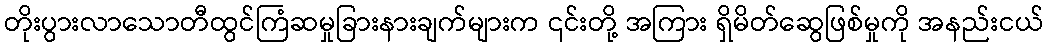
တိုးပွားလာသောတီထွင်ကြံဆမှုခြားနားချက်များက ၎င်းတို့ အကြား ရှိမိတ်ဆွေဖြစ်မှုကို အနည်းငယ်